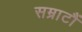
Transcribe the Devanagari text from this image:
सम्राटौं